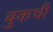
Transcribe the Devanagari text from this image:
बुकची